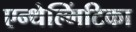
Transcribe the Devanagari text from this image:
एन्थेल्मिंटिका